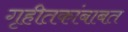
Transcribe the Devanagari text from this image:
गृहीतकांबाबत